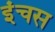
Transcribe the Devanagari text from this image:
इंचस